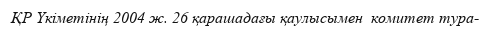
ҚР Үкіметінің 2004 ж. 26 қарашадағы қаулысымен  комитет тура-